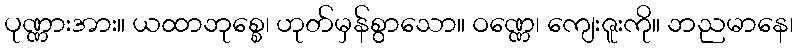
ပုဏ္ဏားအား။ ယထာဘုစ္စေ၊ ဟုတ်မှန်စွာသော။ ဝဏ္ဏေ၊ ကျေးဇူးကို။ ဘညမာနေ၊